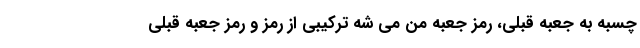
چسبه به جعبه قبلی، رمز جعبه من می شه ترکیبی از رمز و رمز جعبه قبلی